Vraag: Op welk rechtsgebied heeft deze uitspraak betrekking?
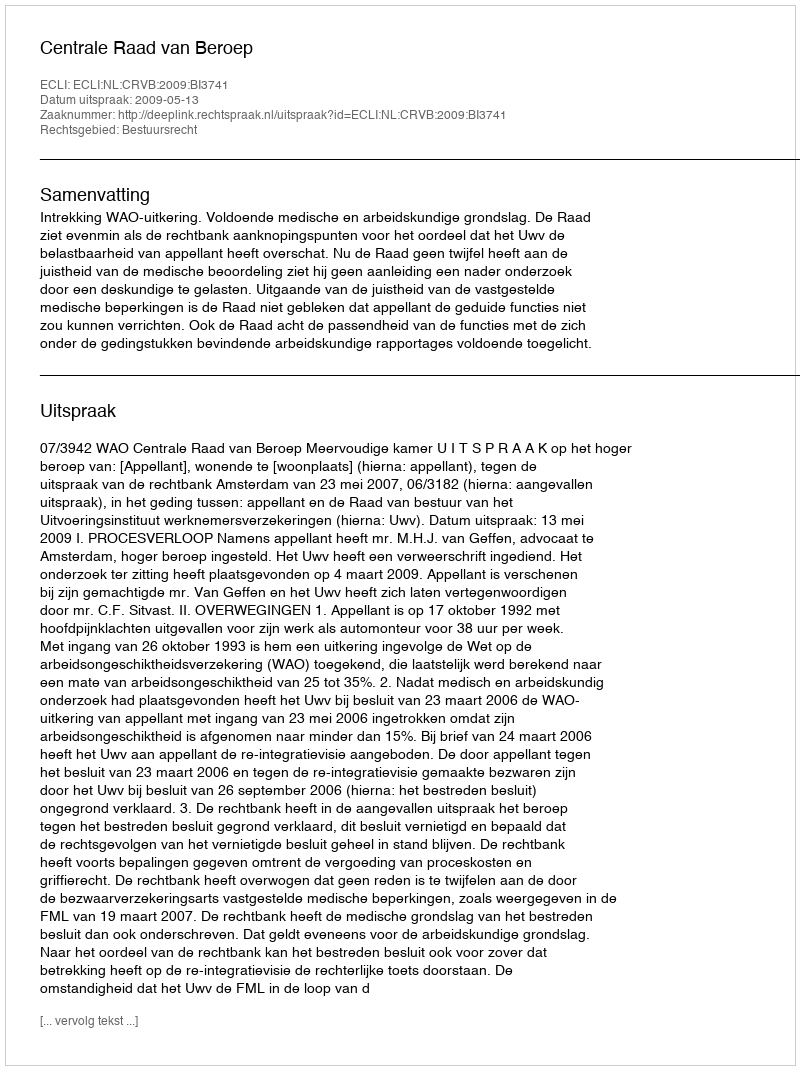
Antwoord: Bestuursrecht